Report of an investigation of the epidemic of malarial fever in Assam, or, kala-azar
Disease focus: Malaria
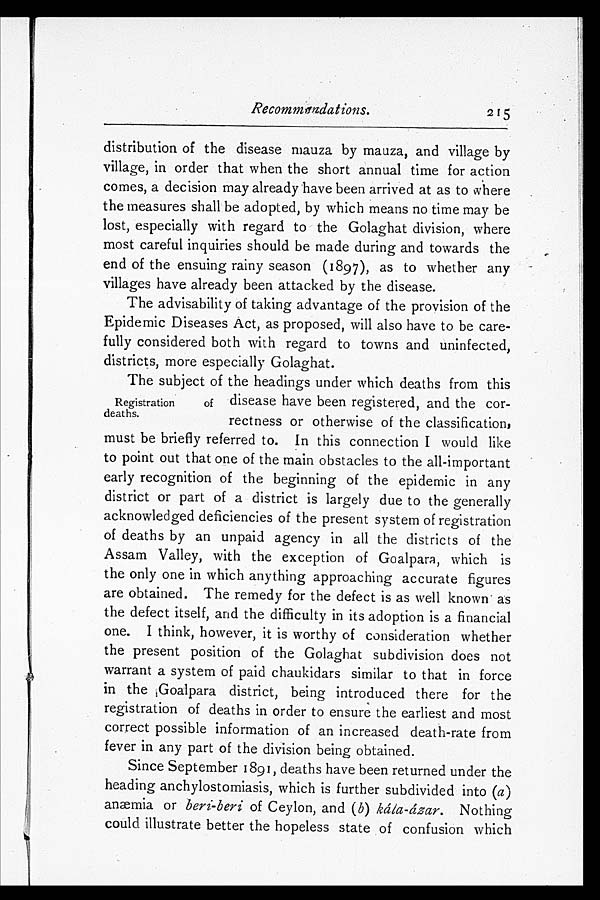
Recommendations.
2 1 5
distribution of the disease mauza by mauza, and village by
village, in order that when the short annual time for action
comes, a decision may already have been arrived at as to where
the measures shall be adopted, by which means no time may be
lost, especially with regard to the Golaghat division, where
most careful inquiries should be made during and towards the
end of the ensuing rainy season (1897), as to whether any
villages have already been attacked by the disease.
The advisability of taking advantage of the provision of the
Epidemic Diseases Act, as proposed, will also have to be care-
fully considered both with regard to towns and uninfected,
districts, more especially Golaghat.
The subject of the headings under which deaths from this
disease have been registered, and the cor-
rectness or otherwise of the classification,
must be briefly referred to. In this connection I would like
to point out that one of the main obstacles to the all-important
early recognition of the beginning of the epidemic in any
district or part of a district is largely due to the generally
acknowledged deficiencies of the present system of registration
of deaths by an unpaid agency in all the districts of the
Assam Valley, with the exception of Goalpara, which is
the only one in which anything approaching accurate figures
are obtained. The remedy for the defect is as well known as
the defect itself, and the difficulty in its adoption is a financial
one. I think, however, it is worthy of consideration whether
the present position of the Golaghat subdivision does not
warrant a system of paid chaukidars similar to that in force
in the Goalpara district, being introduced there for the
registration of deaths in order to ensure the earliest and most
correct possible information of an increased death-rate from
fever in any part of the division being obtained.
Since September 1891, deaths have been returned under the
heading anchylostomiasis, which is further subdivided into ( a )
anæmia or beri-beri of Ceylon, and ( b) kála-ázar. Nothing
could illustrate better the hopeless state of confusion which
Registration
of
deaths.